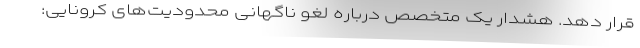
قرار دهد. هشدار یک متخصص درباره لغو ناگهانی محدودیت‌های کرونایی: